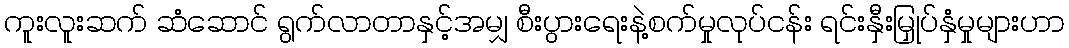
ကူးလူးဆက် ဆံဆောင် ရွက်လာတာနှင့်အမျှ စီးပွားရေးနဲ့စက်မှုလုပ်ငန်း ရင်းနှီးမြှုပ်နှံမှုများဟာ